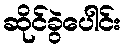
ဆိုင်ခွဲပေါင်း